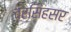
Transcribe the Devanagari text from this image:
वरसिंहसर